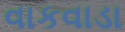
વાકવાડા